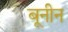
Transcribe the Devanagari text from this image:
बूनीन